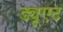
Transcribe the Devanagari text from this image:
ड्यूएट